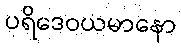
ပရိဒေဝယမာနော